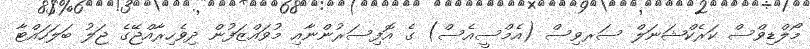
މޯލްޑިވްސް ކަރެކްޝަނަލް ސަރވިސް (އެމްސީއެސް) ގެ އޮފިސަރުންނާއި މުވައްޒަފުން ދިވެހިރާއްޖޭގެ ޖަލު ބަލަހައްޓާ